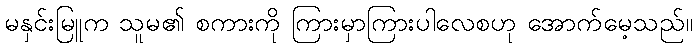
မနှင်းမြူက သူမ၏ စကားကို ကြားမှာကြားပါလေစဟု အောက်မေ့သည်။